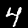
Label: 4